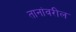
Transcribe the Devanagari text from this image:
तानांवरील